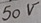
Text: 50V